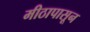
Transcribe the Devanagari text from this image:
मीठापासून